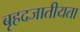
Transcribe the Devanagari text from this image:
बृहदजातीयता